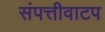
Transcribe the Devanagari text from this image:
संपत्तीवाटप